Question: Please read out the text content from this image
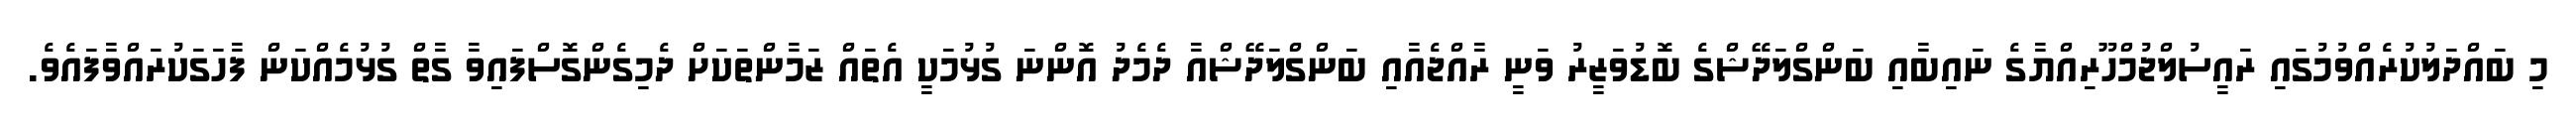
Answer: މި ބައްދަލުކުރެއްވުމުގައި ރައީސުލްޖުމްހޫރިއްޔާގެ ނައިބާއި ބަންގްލަދޭޝްގެ ބޮޑުވަޒީރު ވަނީ ރާއްޖެއާއި ބަންގްލަދޭޝްއާ ދެމެދު އޮންނަ ގުޅުމަކީ އެތައް ޒަމާންތަކަށް ދެމިގެންގޮސްފައިވާ ގާތް ގުޅުމެއްކަން ފާހަގަކުރައްވާފައެވެ.